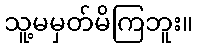
သူ့မမှတ်မိကြဘူး။